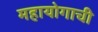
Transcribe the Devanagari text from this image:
महायोगाची